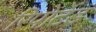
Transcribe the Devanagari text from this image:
रिपोर्टेड